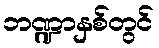
ဘဏ္ဍာနှစ်တွင်